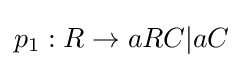
p_{1}:R\rightarrow aRC|aC